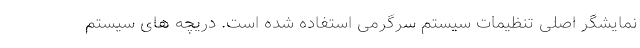
نمایشگر اصلی تنظیمات سیستم سرگرمی استفاده شده است. دریچه های سیستم